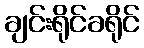
ချင်းရိုင်ခရိုင်